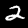
Label: 2